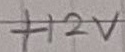
Text: +12V